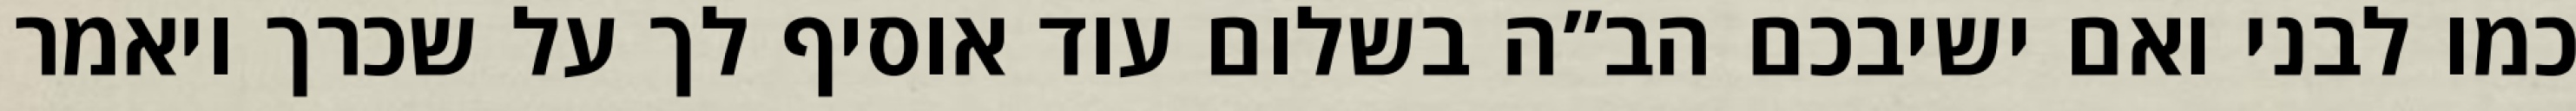
כמו לבני ואם ישיבכם הב”ה בשלום עוד אוסיף לך על שכרך ויאמר